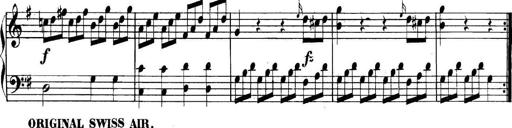
Title: Collected Piano Sonatas
Composer: Muzio Clementi